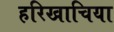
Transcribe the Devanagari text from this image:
हरिखाचिया